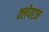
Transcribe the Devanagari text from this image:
क्लेयटन